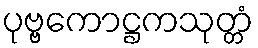
ပုဗ္ဗကောဋ္ဌကသုတ္တံ